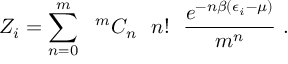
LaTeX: Z _ { i } = \sum _ { n = 0 } ^ { m } \ \ { } ^ { m } C _ { n } \ \ n ! \ \ \frac { e ^ { - n \beta ( \epsilon _ { i } - \mu ) } } { m ^ { n } } \ .